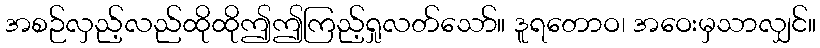
အစဉ်လှည့်လည်ထိုထိုဤဤကြည့်ရှုလတ်သော်။ ဒူရတောဝ၊ အဝေးမှသာလျှင်။